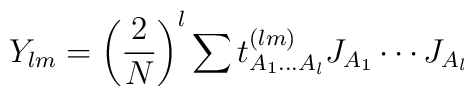
Y_{lm} = \left(2 \over N\right)^l\sum t^{(lm)}_{A_1\ldots A_l}J_{A_1}\cdots J_{A_l}